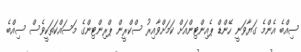
ސިއްބެ އެންމެ ގަޔާވަނީ ހޭންޑް ޕެއިންޓިންއަށް ކަމަށްވާއިރު ސްކްރީން ޕްރިންޓިންގެ މަސައްކަތަކީވެސް ސިއްބެ